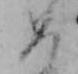
め